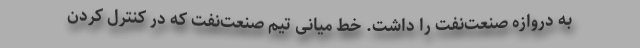
به دروازه صنعت‌نفت را داشت. خط میانی تیم صنعت‌نفت که در کنترل کردن